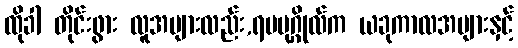
ထိုခါ တိုင်းဖွား လူအများလည်း,ရမပုဂ္ဂိုလ်က ယခုကာလအများနှင့်